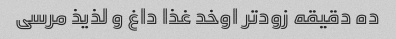
ده دقیقه زودتر اوخد غذا داغ و لذیذ مرسی